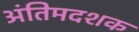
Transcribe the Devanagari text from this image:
अंतिमदशक